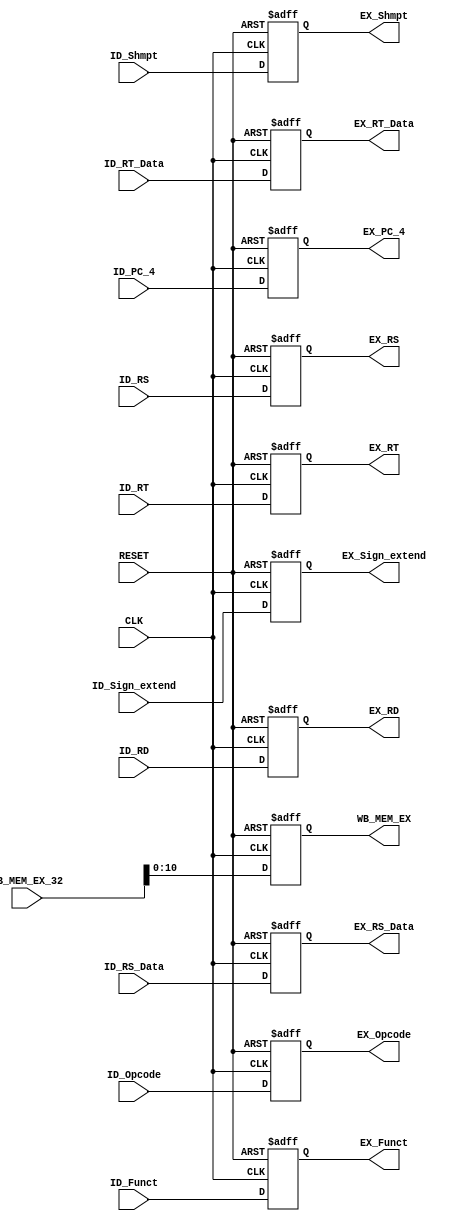
module IDEX_Reg (
	input CLK,					//IN
	input RESET,					//IN
	input [31:0] WB_MEM_EX_32,			//IN
	input [5:0] ID_Opcode,				//IN
	input [4:0] ID_RS,				//IN
	input [4:0] ID_RT,				//IN
	input [31:0] ID_RS_Data,			//IN
	input [31:0] ID_RT_Data,			//IN
	input [31:0] ID_Sign_extend,			//IN
	input [4:0] ID_Shmpt,				//IN
	input [5:0] ID_Funct,				//IN
	input [4:0] ID_RD,				//IN
	input [31:0] ID_PC_4,				//IN
	output reg [10:0] WB_MEM_EX,			//OUT
	output reg [5:0] EX_Opcode,			//OUT
	output reg [4:0] EX_RS,				//OUT
	output reg [4:0] EX_RT,				//OUT
	output reg [31:0] EX_RS_Data,			//OUT
	output reg [31:0] EX_RT_Data,			//OUT
	output reg [31:0] EX_Sign_extend,		//OUT
	output reg [4:0] EX_Shmpt,			//OUT
	output reg [5:0] EX_Funct,			//OUT
	output reg [4:0] EX_RD,				//OUT
	output reg [31:0] EX_PC_4			//OUT
);

	always @(posedge CLK or posedge RESET)
	begin
		if (RESET == 1'b1)
		begin
		WB_MEM_EX <= 11'b0;
		EX_Opcode <= 6'b0;
		EX_RS <= 5'b0;
		EX_RT <= 5'b0;
		EX_RS_Data <= 32'b0;
		EX_RT_Data <= 32'b0;
		EX_Sign_extend <= 32'b0;
		EX_Shmpt <= 5'b0;
		EX_Funct <= 6'b0;
		EX_RD <= 5'b0;
		EX_PC_4 <= 32'b0;
		end
	else
	begin
		WB_MEM_EX <= WB_MEM_EX_32[10:0];
		EX_Opcode <= ID_Opcode;
		EX_RS <= ID_RS;
		EX_RT <= ID_RT;
		EX_RS_Data <= ID_RS_Data;
		EX_RT_Data <= ID_RT_Data;
		EX_Sign_extend <= ID_Sign_extend;
		EX_Shmpt <= ID_Shmpt;
		EX_Funct <= ID_Funct;
		EX_RD <= ID_RD;
		EX_PC_4 <= ID_PC_4;
	end
	end

endmodule